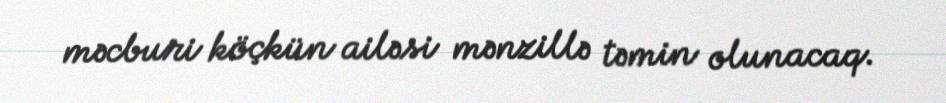
məcburi köçkün ailəsi mənzillə təmin olunacaq.